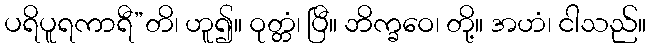
ပရိပူရကာရီ”တိ၊ ဟူ၍။ ဝုတ္တံ၊ ပြီ။ ဘိက္ခဝေ၊ တို့။ အဟံ၊ ငါသည်။